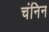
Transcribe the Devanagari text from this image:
चंनिन